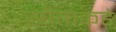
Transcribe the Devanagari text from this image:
स्रोताकडे